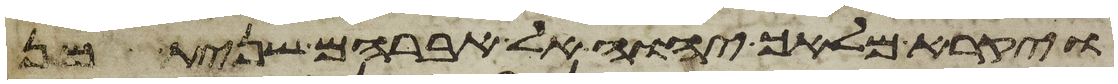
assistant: ויקרא מלאך יהוה אל אברהם שנית מן